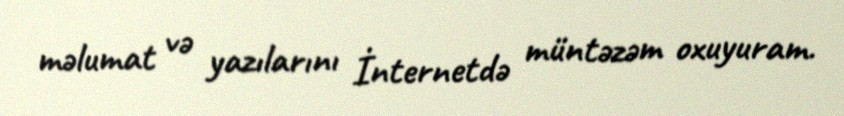
məlumat və yazılarını İnternetdə müntəzəm oxuyuram.